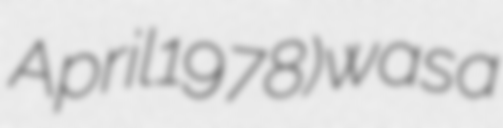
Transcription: April 1978) was a